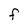
Character: F